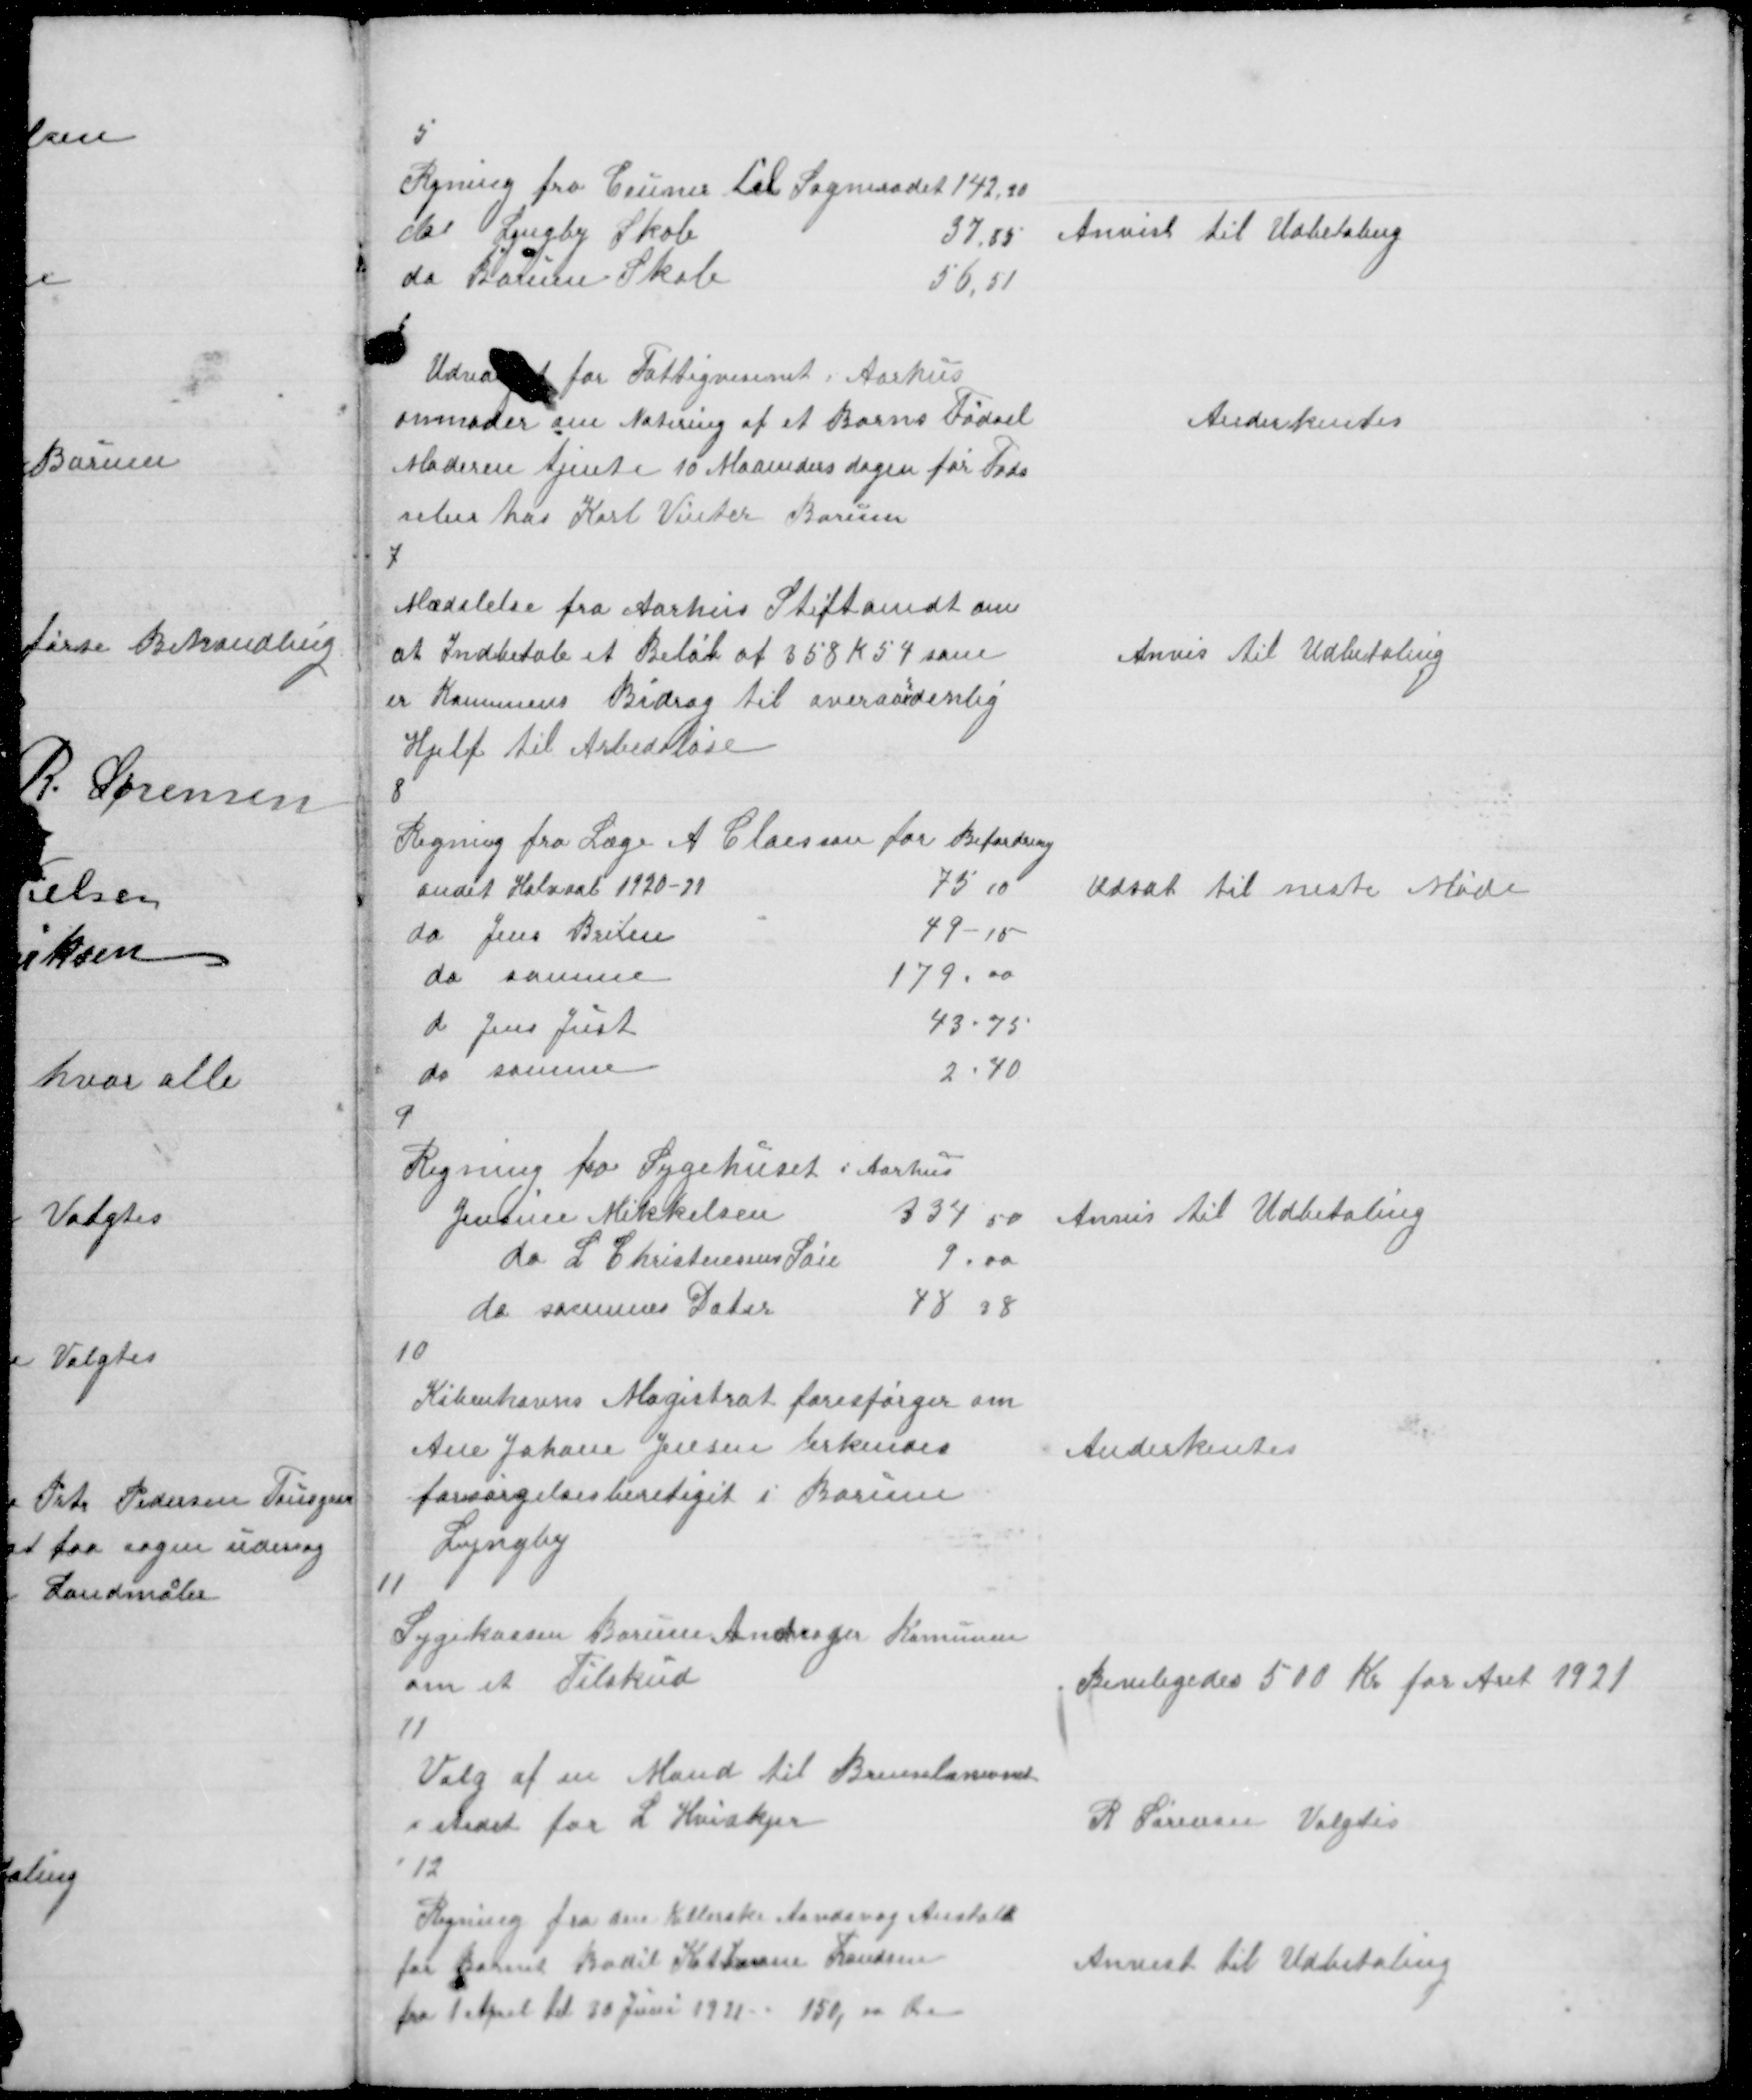
Transskription:
5

Rgning fra Ceuner til Sogneraadet 142,20
do Lyngby Skole
37,85
do Borum Skole
56,51

Anvist til Udbetaling

6

Udvalget for Fattigvæsenet i Aarhus
anmoder om Notering af et Barns Fødsel
Moderen tjente 10 Maaneders dagen før Føds
selen hos Karl Vinter Borum

Anderkentes

7

Mædelelse fra Aarhus Stiftamdt om
at Indbetale et Beløb af 358 K 54 som
er Komunens Bidrag til overaardenlig
Hjelp til Arbedsløse

Anvis til Udbetaling

8

Udsat til neste Møde

9

Regning fra Sygehuset i Aarhus
Jensine Mikkelsen
334.50
do L Christensens Søn
9.00
do sammes Dater
48.38

Anvis til Udbetaling

10

Københavns Magistrat forespørger om
Ane Johane Jensen erkendes
forsørgelsesberetiget i Borum
Lyngby

Anderkentes

11

Sygekassen Borum Andrager Komunen
om et Tilskud

Beviligedes 500 Kr for Aaret 1921

11

Valg af en Mand til Brenselsnævnet
i stedet for L Hvidkjer

R Sørensen Valgtes

12

Regning fra den Kellerske Aandsvag Anstalt
for Barnet Bodil Katharine Frandsen
fra 1 April til 30 Juni 1921 - 150,00 Øre

Anvist til Udbetaling